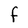
Character: F